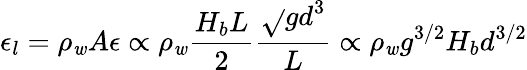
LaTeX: \epsilon_{l}=\rho_{\mathit{w}}A\epsilon\propto\rho_{\mathit{w}}\frac{{H_{b}L}}{{2}}\frac{{\sqrt{}{{gd}}^{3}}}{{L}}\propto\rho_{\mathit{w}}g^{3/2}H_{b}d^{3/2}